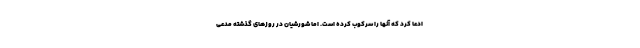
ادعا کرد که آنها را سرکوب کرده است. اما شورشیان در روزهای گذشته مدعی